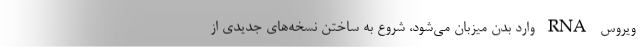
ویروس RNA وارد بدن میزبان می‌شود، شروع به ساختن نسخه‌های جدیدی از